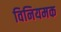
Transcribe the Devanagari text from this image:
विनियमक